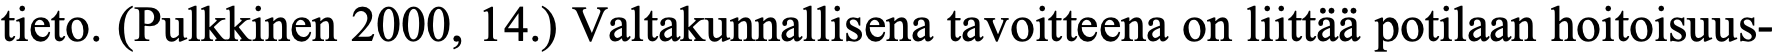
tieto. (Pulkkinen 2000, 14.) Valtakunnallisena tavoitteena on liittää potilaan hoitoisuus-